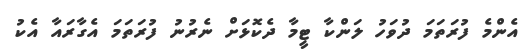
އެންމެ ފުރަތަމަ ދުވަހު ލަންކާ ޓީމާ ދެކޮޅަށް ނެރުނު ފުރަތަމަ އެގާރައާ އެކު